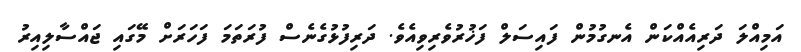
އަމިއްލަ ދަރިއެއްކަން އެނގުމުން ފައިސަލް ފަޚުރުވެރިވިއެވެ. ދަރިފުޅުގެނެސް ފުރަތަމަ ފަހަރަށް މޭގައި ޖައްސާލިއިރު